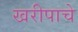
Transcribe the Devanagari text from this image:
खरीपाचे